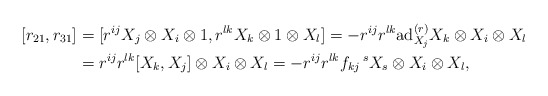
\begin{align*}[r_{21},r_{31}]&=[r^{ij}X_{j}\otimes X_{i}\otimes 1, r^{lk} X_{k}\otimes 1\otimes X_{l}]=-r^{ij}r^{lk} \mathrm{ad}^{(r)}_{X_{j}}X_{k}\otimes X_{i}\otimes X_{l}\\&= r^{ij}r^{lk} [X_{k},X_{j}]\otimes X_{i}\otimes X_{l}=-r^{ij}r^{lk}f_{kj}\,^{s}X_{s} \otimes X_{i}\otimes X_{l},\end{align*}